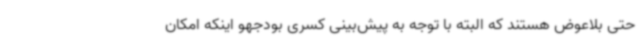
حتی بلاعوض هستند که البته با توجه به پیش‌بینی کسری بودجهو اینکه امکان